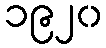
၁၉၂၀